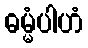
ဓမ္မံပါဟံ